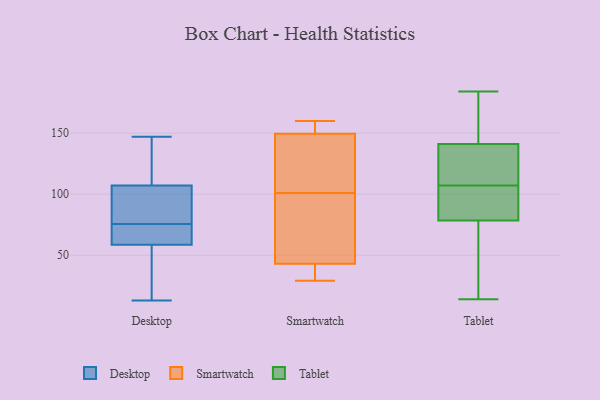
{"axis": {"x": "Waste Production (Tons)", "y": "Value"}, "legend": ["Desktop", "Smartwatch", "Tablet"], "data": [{"x": "", "y": 70, "type": "Desktop"}, {"x": "", "y": 65, "type": "Desktop"}, {"x": "", "y": 103, "type": "Desktop"}, {"x": "", "y": 147, "type": "Desktop"}, {"x": "", "y": 77, "type": "Desktop"}, {"x": "", "y": 107, "type": "Desktop"}, {"x": "", "y": 126, "type": "Desktop"}, {"x": "", "y": 20, "type": "Desktop"}, {"x": "", "y": 52, "type": "Desktop"}, {"x": "", "y": 107, "type": "Desktop"}, {"x": "", "y": 13, "type": "Desktop"}, {"x": "", "y": 74, "type": "Desktop"}, {"x": "", "y": 122, "type": "Smartwatch"}, {"x": "", "y": 152, "type": "Smartwatch"}, {"x": "", "y": 31, "type": "Smartwatch"}, {"x": "", "y": 32, "type": "Smartwatch"}, {"x": "", "y": 154, "type": "Smartwatch"}, {"x": "", "y": 80, "type": "Smartwatch"}, {"x": "", "y": 29, "type": "Smartwatch"}, {"x": "", "y": 142, "type": "Smartwatch"}, {"x": "", "y": 101, "type": "Smartwatch"}, {"x": "", "y": 76, "type": "Smartwatch"}, {"x": "", "y": 160, "type": "Smartwatch"}, {"x": "", "y": 129, "type": "Tablet"}, {"x": "", "y": 110, "type": "Tablet"}, {"x": "", "y": 117, "type": "Tablet"}, {"x": "", "y": 184, "type": "Tablet"}, {"x": "", "y": 147, "type": "Tablet"}, {"x": "", "y": 89, "type": "Tablet"}, {"x": "", "y": 24, "type": "Tablet"}, {"x": "", "y": 184, "type": "Tablet"}, {"x": "", "y": 145, "type": "Tablet"}, {"x": "", "y": 107, "type": "Tablet"}, {"x": "", "y": 91, "type": "Tablet"}, {"x": "", "y": 100, "type": "Tablet"}, {"x": "", "y": 75, "type": "Tablet"}, {"x": "", "y": 99, "type": "Tablet"}, {"x": "", "y": 14, "type": "Tablet"}, {"x": "", "y": 48, "type": "Tablet"}, {"x": "", "y": 113, "type": "Tablet"}, {"x": "", "y": 35, "type": "Tablet"}, {"x": "", "y": 151, "type": "Tablet"}]}